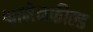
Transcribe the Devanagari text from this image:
श्वानेनफील्ड